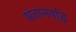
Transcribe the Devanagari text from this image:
संतानवृद्धि